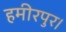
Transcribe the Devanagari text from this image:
हमीरपुर।